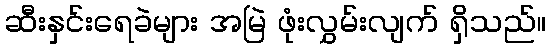
ဆီးနှင်းရေခဲများ အမြဲ ဖုံးလွှမ်းလျက် ရှိသည်။